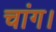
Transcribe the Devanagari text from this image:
चांग।